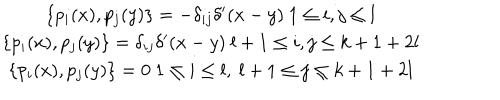
LaTeX: \begin{array} { c } { { \{ p _ { i } ( x ) , p _ { j } ( y ) \} = - \delta _ { i j } \delta ^ { \prime } ( x - y ) \ 1 \leq i , j \leq l } } \\ { { \{ p _ { i } ( x ) , p _ { j } ( y ) \} = \delta _ { i j } \delta ^ { \prime } ( x - y ) \ l + 1 \leq i , j \leq k + 1 + 2 l } } \\ { { \{ p _ { i } ( x ) , p _ { j } ( y ) \} = 0 \ 1 \leq i \leq l , \ l + 1 \leq j \leq k + 1 + 2 l } } \\ \end{array}